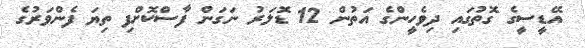
އޭޑީސީގެ ގޮތުގައި ދިވެހީންގެ އަތުން 12 ޑޮލަރު ނަގަން ފާސްކޮށްފި ތިޔަ ފެންވަރުގެ